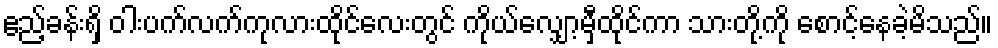
ဧည့်ခန်းရှိ ဝါးပက်လက်ကုလားထိုင်လေးတွင် ကိုယ်လျှော့မှီထိုင်ကာ သားတို့ကို စောင့်နေခဲ့မိသည်။